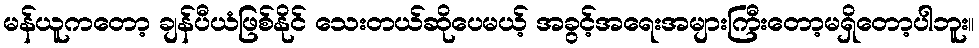
မန်ယူကတော့ ချန်ပီယံဖြစ်နိုင် သေးတယ်ဆိုပေမယ့် အခွင့်အရေးအများကြီးတော့မရှိတော့ပါဘူး။